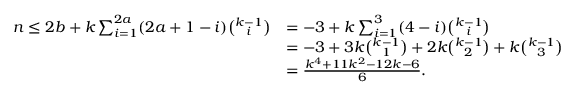
\begin{array} { r l } { n \leq 2 b + k \sum _ { i = 1 } ^ { 2 a } ( 2 a + 1 - i ) { \binom { k - 1 } { i } } } & { = - 3 + k \sum _ { i = 1 } ^ { 3 } ( 4 - i ) { \binom { k - 1 } { i } } } \\ & { = - 3 + 3 k { \binom { k - 1 } { 1 } } + 2 k { \binom { k - 1 } { 2 } } + k { \binom { k - 1 } { 3 } } } \\ & { = \frac { k ^ { 4 } + 1 1 k ^ { 2 } - 1 2 k - 6 } { 6 } . } \end{array}